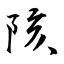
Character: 陔